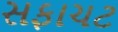
સફાચટ